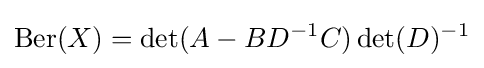
\operatorname {Ber} (X)=\det(A-BD^{-1}C)\det(D)^{-1}